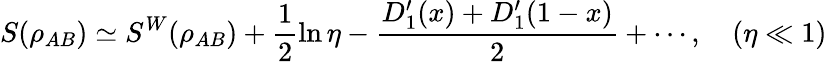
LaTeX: S(\rho_{AB})\simeq S^{W}(\rho_{AB})+\frac{1}{2}\ln\eta-\frac{D_{1}^{\prime}(x)+D_{1}^{\prime}(1-x)}{2}+\cdots,\quad(\eta\ll 1)